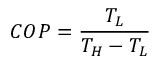
\ C O P = { \frac { T _ { L } } { T _ { H } - T _ { L } } }